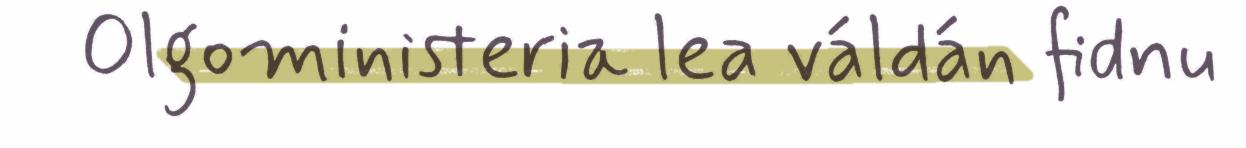
Olgoministeria lea váldán fidnu